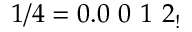
1 / 4 = 0 . 0 \ 0 \ 1 \ 2 _ { ! }